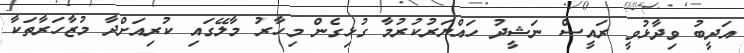
އަދީބު ވިދާޅުވީ ރައީސް ނަޝީދު ހައްޔަރުކުރުމާ ގުޅިގެން މިހާރު މާލޭގައި ކުރިއަށްދާ މުޒާހަރާތަކާ